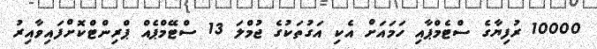
10000 ރުފިޔާގެ ސްޓެމްޕާއި ހަމައަށް އެކި އަގުތަކުގެ ޖުމްލަ 13 ސްޓޭމްޕެއް ޕްރިންޓްކޮށްފައިވާއިރު